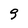
Character: 9